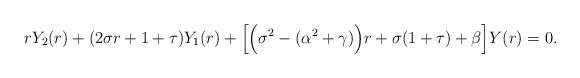
LaTeX: \begin{align*}rY_{2}(r)+(2\sigma{r}+1+\tau)Y_{1}(r)+\Big[\Big(\sigma^{2}-(\alpha^{2}+\gamma)\Big)r+\sigma(1+\tau)+\beta\Big]Y(r)=0. \end{align*}